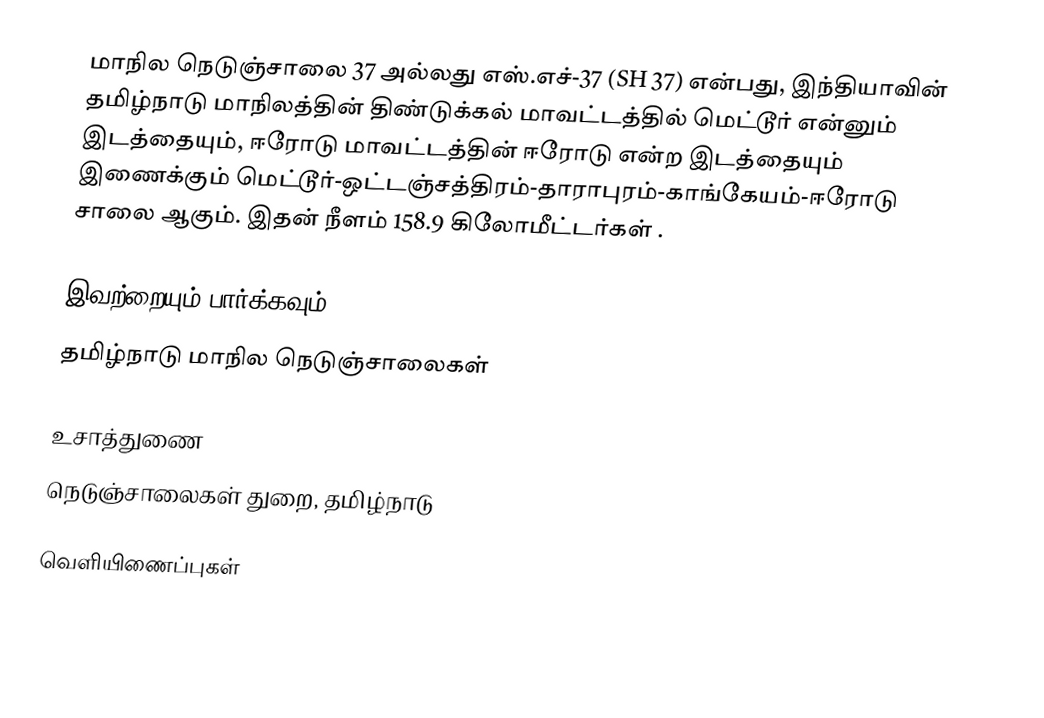
மாநில நெடுஞ்சாலை 37 அல்லது எஸ்.எச்-37 (SH 37) என்பது, இந்தியாவின் தமிழ்நாடு மாநிலத்தின் திண்டுக்கல் மாவட்டத்தில் மெட்டூர் என்னும் இடத்தையும், ஈரோடு மாவட்டத்தின் ஈரோடு என்ற இடத்தையும் இணைக்கும் மெட்டூர்-ஒட்டஞ்சத்திரம்-தாராபுரம்-காங்கேயம்-ஈரோடு சாலை ஆகும். இதன் நீளம் 158.9  கிலோமீட்டர்கள் .

இவற்றையும் பார்க்கவும்
 தமிழ்நாடு மாநில நெடுஞ்சாலைகள்

உசாத்துணை
 நெடுஞ்சாலைகள் துறை, தமிழ்நாடு

வெளியிணைப்புகள்